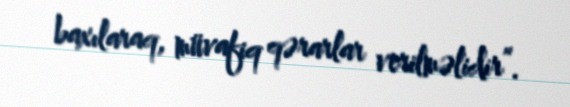
baxılaraq, müvafiq qərarlar verilməlidir”.